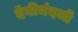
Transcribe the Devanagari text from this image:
देवीचंदजी